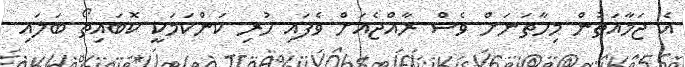
އެ ޖަމާއަތުން މިހާތަނަށް ވެސް ރާއްޖެއަށް ވެފައި ހުރި ކަންކަމަކީ ކޮބައިތޯ ބަލައި